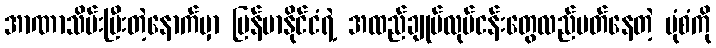
အာဏာသိမ်းပြီးတဲ့နောက်မှာ မြန်မာနိုင်ငံရဲ့ အထည်ချုပ်လုပ်ငန်းတွေလည်ပတ်နေတဲ့ ပုံစံကို